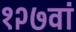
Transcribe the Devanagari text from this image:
१२७वां